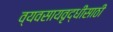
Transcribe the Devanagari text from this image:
व्यवसायवृद्धीसाठी